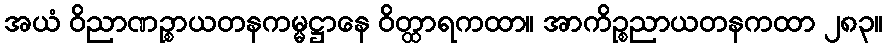
အယံ ဝိညာဏဉ္စာယတနကမ္မဋ္ဌာနေ ဝိတ္ထာရကထာ။ အာကိဉ္စညာယတနကထာ ၂၈၃။